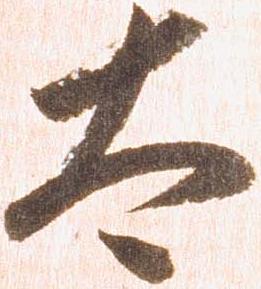
太